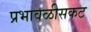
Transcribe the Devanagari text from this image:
प्रभावळीसकट